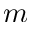
m